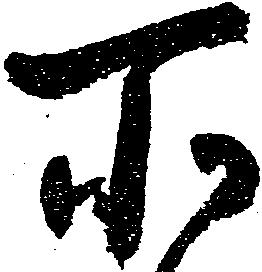
所